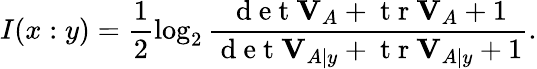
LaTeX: I(x:y)=\frac{1}{2}\log_{2}\frac{\mathrm{~d~e~t~}\mathbf{V}_{A}+\mathrm{~t~r~}\mathbf{V}_{A}+1}{\mathrm{~d~e~t~}\mathbf{V}_{A|y}+\mathrm{~t~r~}\mathbf{V}_{A|y}+1}.